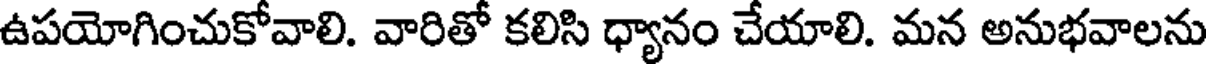
ఉపయోగించుకోవాలి. వారితో కలిసి ధ్యానం చేయాలి. మన అనుభవాలను